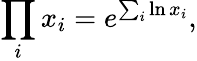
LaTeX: \prod_{i}x_{i}=e^{\sum_{i}\ln x_{i}},